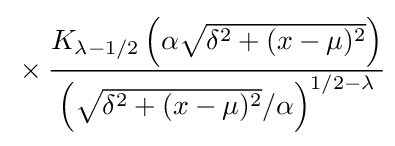
{}\times {\frac {K_{\lambda -1/2}\left(\alpha {\sqrt {\delta ^{2}+(x-\mu )^{2}}}\right)}{\left({\sqrt {\delta ^{2}+(x-\mu )^{2}}}/\alpha \right)^{1/2-\lambda }}}\!